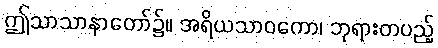
ဤသာသာနာတော်၌။ အရိယသာဝကော၊ ဘုရားတပည့်